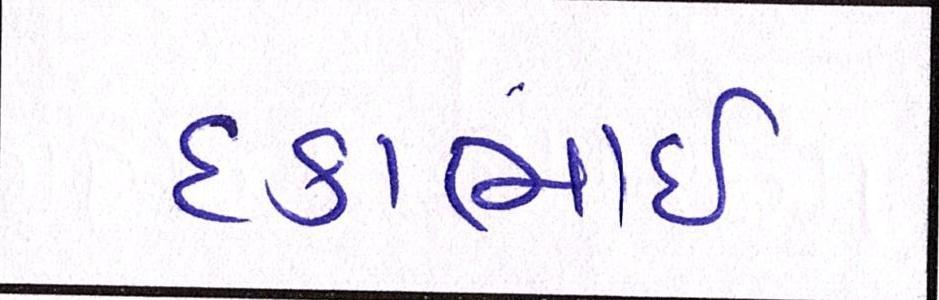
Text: દકાભાઈ